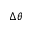
\Delta \theta